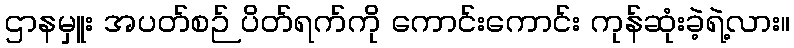
ဌာနမှူး အပတ်စဉ် ပိတ်ရက်ကို ကောင်းကောင်း ကုန်ဆုံးခဲ့ရဲ့လား။